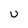
Character: U